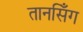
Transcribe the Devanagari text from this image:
तानसिँग